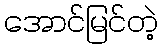
အောင်မြင်တဲ့